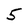
Character: 5